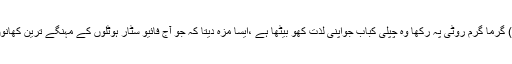
اور پشاوری (افغانی) گرما گرم روٹی پہ رکھا وہ چپلی کباب جواپنی لذت کھو بیٹھا ہے ،ایسا مزہ دیتا کہ جو آج فائیو سٹار ہوٹلوں کے مہنگے ترین کھانوں میں بھی نہیں ملتا۔